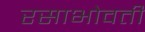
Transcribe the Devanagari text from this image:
रसाभोवती